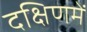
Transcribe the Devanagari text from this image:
दक्षिणमें